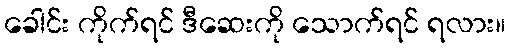
ခေါင်း ကိုက်ရင် ဒီဆေးကို သောက်ရင် ရလား။